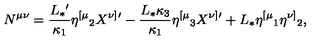
N ^ { \mu \nu } = { \frac { L _ { * } { } ^ { \prime } } { \kappa _ { 1 } } } \eta ^ { [ \mu } { } _ { 2 } X ^ { \nu ] } { } ^ { \prime } - { \frac { L _ { * } \kappa _ { 3 } } { \kappa _ { 1 } } } \eta ^ { [ \mu } { } _ { 3 } X ^ { \nu ] } { } ^ { \prime } + L _ { * } \eta ^ { [ \mu } { } _ { 1 } \eta ^ { \nu ] } { } _ { 2 } ,